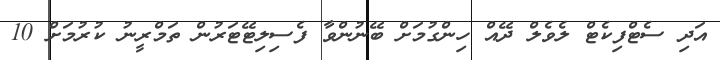
އަދި ސެޓްފިކެޓް ލެވެލް ދޭއް ހިންގުމަށް ބޭނުންވާ ފެސިލިޓޭޓަރުން ތަމްރީނު ކުރުމަށް 10